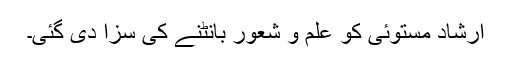
ارشاد مستوئی کو علم و شعور بانٹنے کی سزا دی گئی۔